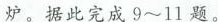
炉。据此完成9∽11题。